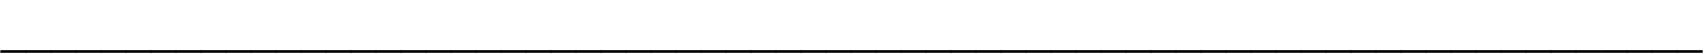
____________________________________________________________________